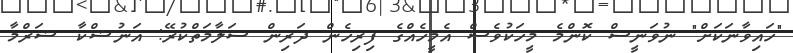
"ހައިވާނަކަށް" ނުވަނީސް ކޮންމެ މީހަކުވެސް އެމީހެއްގެ ފިރިހެން ދަރިން ސަލާމަތްކުރޭ: އަނުޝްކާ ޝަރްމާ